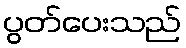
ပွတ်ပေးသည်